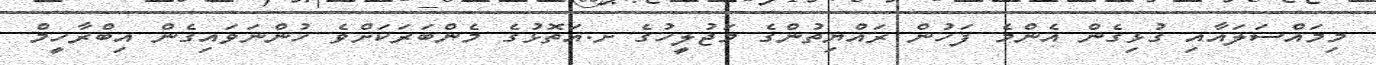
މިމައްސަލައާއި ގުޅިގެން އެންމެ ފަހުން ރައްޔިތުންގެ މަޖުލީހުގެ ށ.އަތޮޅުގެ މެންބަރަކަށްވެ ހުންނަވައިގެން އިބްރާހީމް